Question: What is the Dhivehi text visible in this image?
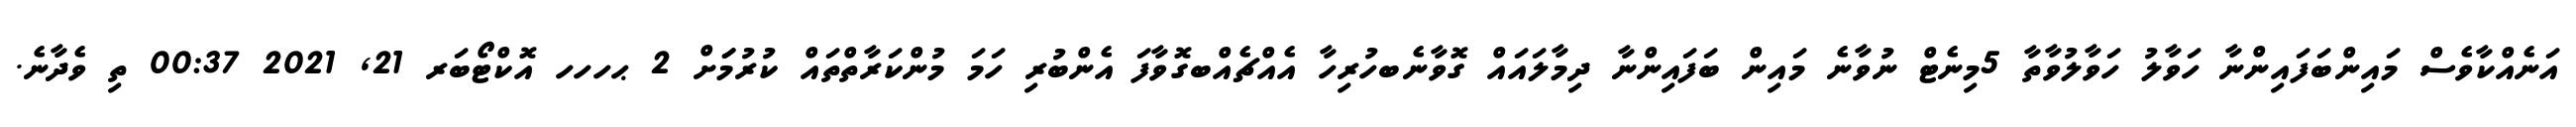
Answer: އަނެއްކާވެސް މައިންބަފައިންނާ ހަވާލު ހަވާލުވާތާ 5މިނެޓް ނުވާނެ މައިން ބަފައިންނާ ދިމާލައައް ގޮވާނެބހުރިހާ އެއްޗެއްބގޮވާފަ އެންބުރި ހަމަ މުންކަރާތްތައް ކުރުމަަށް 2 ޙހހހ އޮކްޓޯބަރ 21, 2021 00:37 ތި ވެދާނެ.